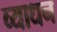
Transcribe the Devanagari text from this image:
व्याधन